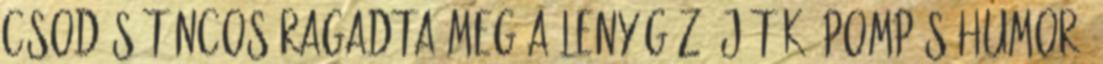
csodás táncos ragadta meg a Lenyűgöző játék, pompás humor,